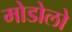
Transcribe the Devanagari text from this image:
मोडोलो